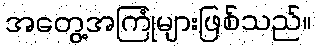
အတွေ့အကြုံများဖြစ်သည်။